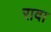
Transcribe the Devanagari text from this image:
रावा